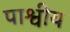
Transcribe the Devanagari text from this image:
पाश्वीय